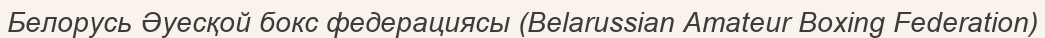
Белорусь Әуесқой бокс федерациясы (Belarussian Amateur Boxing Federation)